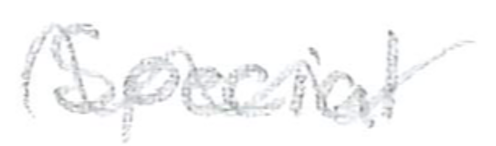
Text: Special
Cross-out: wave
Writing tool: pencil